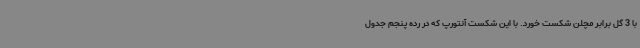
با 3 گل برابر مچلن شکست خورد. با این شکست آنتورپ که در رده پنجم جدول